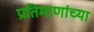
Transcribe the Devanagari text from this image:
प्रतिमाणांच्या